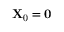
\mathbf { X } _ { 0 } = \mathbf { 0 }